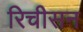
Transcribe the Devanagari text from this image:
रिचीसन